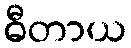
ဓီတာယ